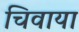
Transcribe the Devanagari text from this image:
चिवाया